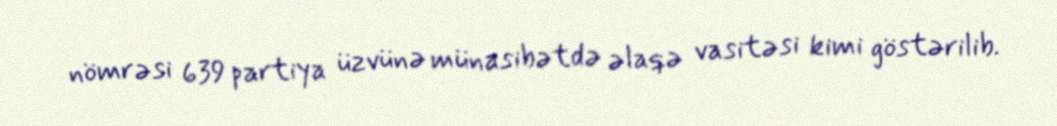
nömrəsi 639 partiya üzvünə münasibətdə əlaqə vasitəsi kimi göstərilib.